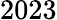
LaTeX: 2023